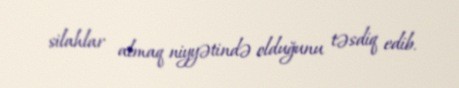
silahlar almaq niyyətində olduğunu təsdiq edib.